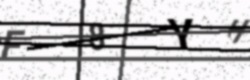
Text: F8YH